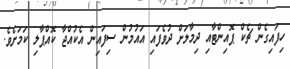
ހިފައިގެން ޗެކް ޕޮއިންޓާއި ދިމާލަށް ދުވެފައި އައުމުން ސިފައިން އެކުއްޖާ ކޮއްޕާލި ކަަމަށެވެ.